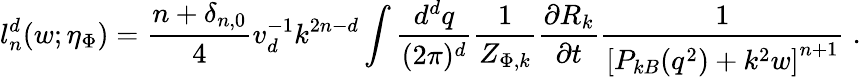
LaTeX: l_{n}^{d}(w;\eta_{\Phi})=\frac{n+\delta_{n,0}}{4}v_{d}^{-1}k^{2n-d}\int\frac{d^{d}q}{(2\pi)^{d}}\frac{1}{Z_{\Phi,k}}\frac{\partial R_{k}}{\partial t}\frac{1}{\left[P_{kB}(q^{2})+k^{2}w\right]^{n+1}}\; .